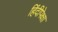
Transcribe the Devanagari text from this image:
हिंदीपेक्षा